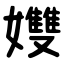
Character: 孇